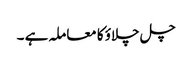
چل چلاؤ کا معاملہ ہے ۔